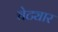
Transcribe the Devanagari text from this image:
चेट्यार